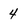
Character: 4